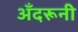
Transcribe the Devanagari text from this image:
अँदरूनी